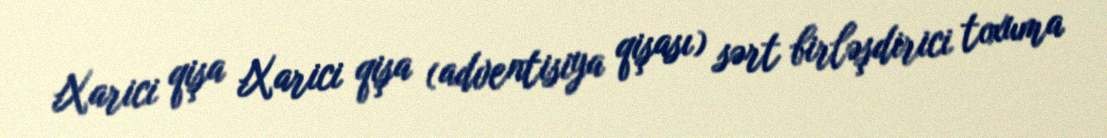
Xarici qişa Xarici qişa (adventisiya qişası) sərt birləşdirici toxuma